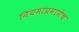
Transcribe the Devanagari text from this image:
नियमाप्रमाणेच